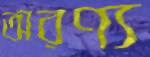
অরণ্য